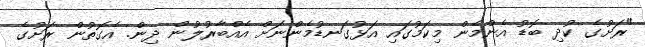
"ރަށުގެ ކުދި ބޮޑު އެންމެން މިކަމުގައި އަޅުގަނޑުމެންނަށް އެއްބާރުލުން ދިން. އެގޮތުން ރަށުގެ